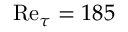
\mathrm { R e } _ { \tau } = 1 8 5